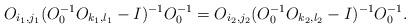
LaTeX: \begin{align*}O_{i_1, j_1}(O_0^{-1}O_{k_1,l_1}-I)^{-1}O_0^{-1}=O_{i_2, j_2}(O_0^{-1}O_{k_2,l_2}-I)^{-1}O_0^{-1}\mbox{.}\end{align*}